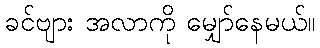
ခင်ဗျား အလာကို မျှော်နေမယ်။